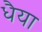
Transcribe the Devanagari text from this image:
धैया